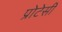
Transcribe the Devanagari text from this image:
प्रोटेसी